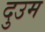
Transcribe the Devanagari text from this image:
दुउम